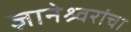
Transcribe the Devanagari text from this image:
ज्ञानेश्र्वरांचा